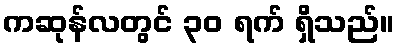
ကဆုန်လတွင် ၃၀ ရက် ရှိသည်။